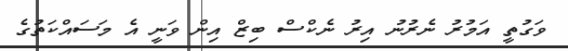
ވަގުތީ އަމުރު ނެރުނު އިރު ނެކްސް ބިޒް އިން ވަނީ އެ މަސައްކަތުގެ